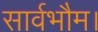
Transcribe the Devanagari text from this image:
सार्वभौम।